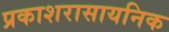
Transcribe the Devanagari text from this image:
प्रकाशरासायनिक